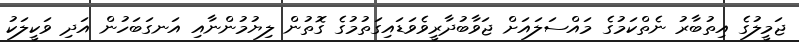
ޖަމީލުގެ އިތުބާރު ނެތްކަމުގެ މައްސަލައަށް ޖަވާބުދާރީވެވަޑައިގަތުމުގެ ގޮތުން ލިޔުމުންނާއި އަނގަބަހުން އަދި ވަކީލަކު